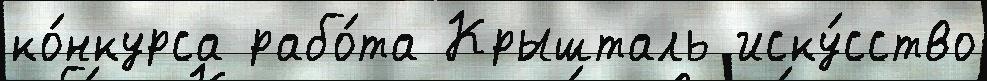
ко́нкурса рабо́та Крышталь иску́сство